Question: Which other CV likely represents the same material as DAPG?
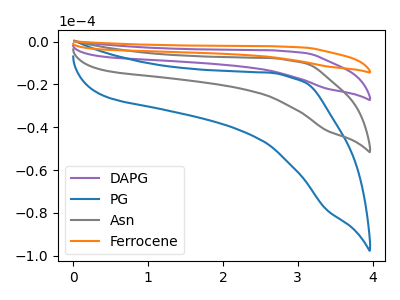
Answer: <think>The purple curve "DAPG" has no peaks. The blue curve "PG" has no peaks. The gray curve "Asn" has no peaks. The orange curve "Ferrocene" has no peaks.
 Neither "DAPG" or "PG" have any peaks. Neither "DAPG" or "Asn" have any peaks. Neither "DAPG" or "Ferrocene" have any peaks. Neither "PG" or "Asn" have any peaks. Neither "PG" or "Ferrocene" have any peaks. Neither "Asn" or "Ferrocene" have any peaks.</think>
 <answer>"DAPG", "Asn" and "Ferrocene" have a similar shape to "PG".</answer>
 <eval>"DAPG" "Asn" "Ferrocene"</eval>